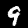
Label: 9